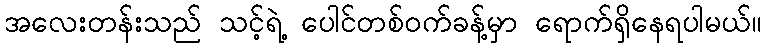
အလေးတန်းသည် သင့်ရဲ့ ပေါင်တစ်ဝက်ခန့်မှာ ရောက်ရှိနေရပါမယ်။